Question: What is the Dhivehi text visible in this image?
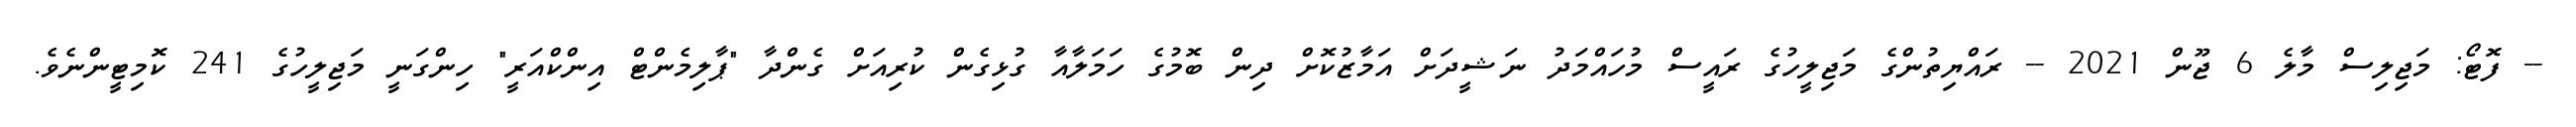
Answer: -- ފޮޓޯ: މަޖިލިސް މާލެ 6 ޖޫން 2021 -- ރައްޔިތުންގެ މަޖިލީހުގެ ރައީސް މުހައްމަދު ނަޝީދަށް އަމާޒުކޮށް ދިން ބޮމުގެ ހަމަލާއާ ގުޅިގެން ކުރިއަށް ގެންދާ "ޕާލިމެންޓް އިންކްއަރީ" ހިންގަނީ މަޖިލީހުގެ 241 ކޮމިޓީންނެވެ.